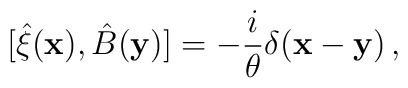
[{\hat \xi}({\bf x}),{\hat B}({\bf y})]=-{i\over\theta}\delta({\bf x}-{\bf y})\,,